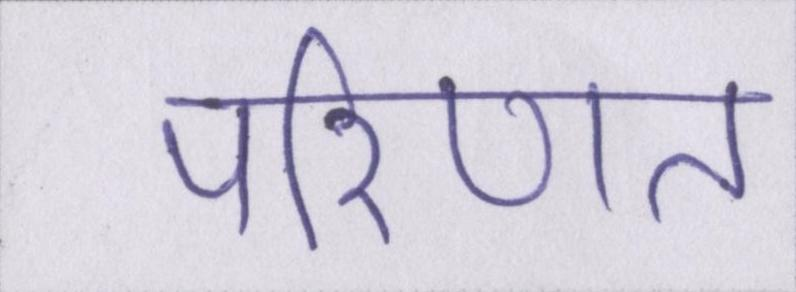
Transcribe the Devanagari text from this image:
परिणत